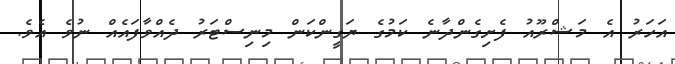
އަހަރު އެ މަޝްރޫއު ފެށިގެންދާނެ ކަމުގެ ޔަގީންކަން މިނިސްޓަރު ދެއްވާފައެއް ނުވެ އެވެ.